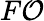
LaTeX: F\mathcal{O}